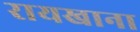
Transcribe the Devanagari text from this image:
रायखाना